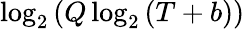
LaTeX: \log_{2}{(Q\log_{2}{(T+b)})}